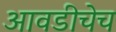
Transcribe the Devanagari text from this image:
आवडीचेच